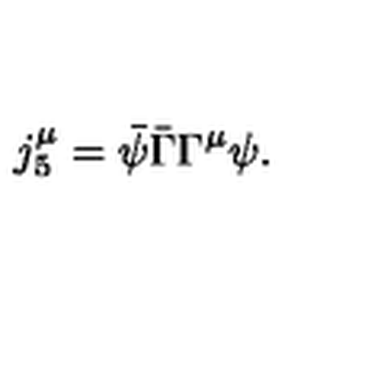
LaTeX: j _ { 5 } ^ { \mu } = \bar { \psi } \bar { \Gamma } \Gamma ^ { \mu } \psi .